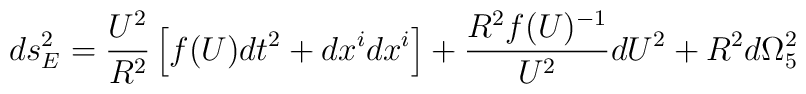
ds_E^2 = \frac{U^2}{R^2} \left[ f(U) dt^2 + dx^i dx^i \right] + \frac{R^2 f(U)^{-1}}{U^2} dU^2 + R^2 d\Omega_5^2